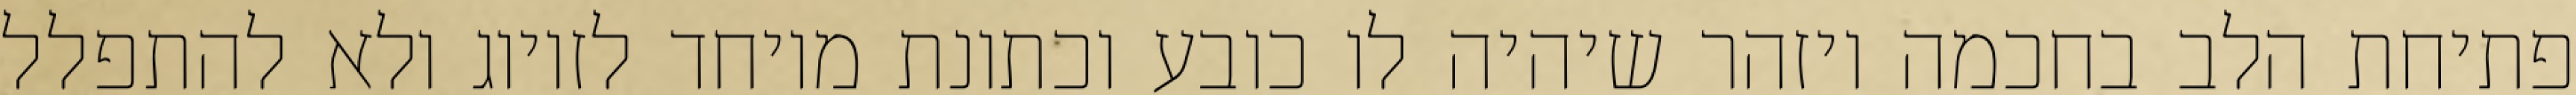
פתיחת הלב בחכמה ויזהר שיהיה לו כובע וכתונת מיוחד לזיווג ולא להתפלל